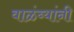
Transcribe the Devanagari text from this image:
वाळंब्यांनी